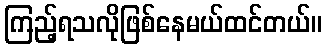
ကြည့်ရသလိုဖြစ်နေမယ်ထင်တယ်။